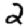
Digit: 2